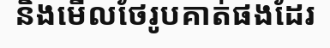
និងមើលថែរូបគាត់ផងដែរ